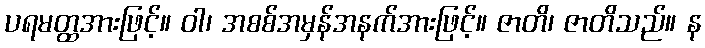
ပရမတ္ထအားဖြင့်။ ဝါ၊ အစစ်အမှန်အနက်အားဖြင့်။ ဇာတိ၊ ဇာတိသည်။ န